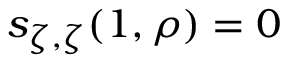
s _ { \zeta , \zeta } ( 1 , \rho ) = 0